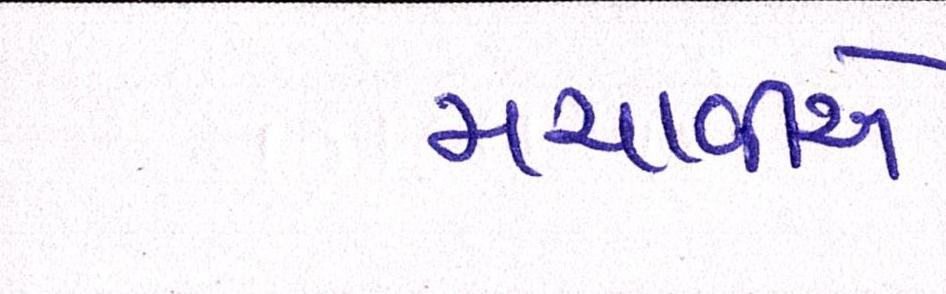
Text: મચાવીબે